Vaccination in the Punjab 1867-1880 - 1867-1880
Year: 1867
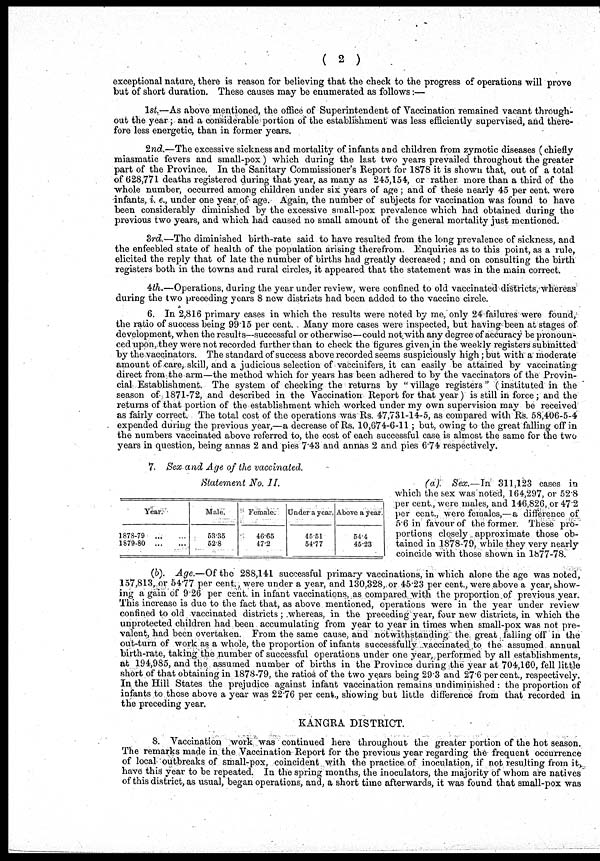
( 2 )
exceptional nature, there is reason for believing that the check to the progress of operations will prove
but of short duration. These causes may be enumerated as follows:—
1st.—As above mentioned, the office of Superintendent of Vaccination remained vacant through-
out the year ; and a considerable portion of the establishment was less efficiently supervised, and there-
fore less energetic, than in former years.
2nd.—The excessive sickness and mortality of infants and children from zymotic diseases (chiefly
miasmatic fevers and small-pox) which during the last two years prevailed throughout the greater
part of the Province. In the Sanitary Commissioner's Report for 1878 it is shown that, out of a total
of 628,771 deaths registered during that year, as many as 245,154, or rather more than a third of the
whole number, occurred among children under six years of age ; and of these nearly 45 per cent. were
infants, i. e., under one year of age. Again, the number of subjects for vaccination was found to have
been considerably diminished by the excessive small-pox prevalence which had obtained during the
previous two years, and which had caused no small amount of the general mortality just mentioned.
3rd.—The diminished birth-rate said to have resulted from the long prevalence of sickness, and
the enfeebled state of health of the population arising therefrom. Enquiries as to this point, as a rule,
elicited the reply that of late the number of births had greatly decreased ; and on consulting the birth
registers both in the towns and rural circles, it appeared that the statement was in the main correct.
4th.—Operations, during the year under review, were confined to old vaccinated districts, whereas
during the two preceding years 8 new districts had been added to the vaccine circle.
6. In 2,816 primary cases in which the results were noted by me, only 24 failures were found,
the ratio of success being 99.15 per cent. Many more cases were inspected, but having been at stages of
development, when the results—successful or otherwise—could not with any degree of accuracy be pronoun-
ced upon, they were not recorded further than to check the figures given in the weekly registers submitted
by the vaccinators. The standard of success above recorded seems suspiciously high ; but with a moderate
amount of care, skill, and a judicious selection of vaccinators, it can easily be attained by vaccinating
direct from the arm—the method which for years has been adhered to by the vaccinators of the Provin-
cial Establishment. The system of checking the returns by "village registers" (instituted in the
season of 1871-72, and described in the Vaccination Report for that year) is still in force ; and the
returns of that portion of the establishment which worked under my own supervision may be received
as fairly correct. The total cost of the operations was Rs. 47,731-14-5, as compared with Rs. 58,406-5-4
expended during the previous year,—a decrease of Rs. 10,674-6-11 ; but, owing to the great falling off in
the numbers vaccinated above referred to, the cost of each successful case is almost the same for the two
years in question, being annas 2 and pies 7.43 and annas 2 and pies 6.74 respectively.
7. Sex and Age of the vaccinated.
Statement No. II.
Year.
1878-79
...
...
1879-80
...
...
Male.
53.36
52.8
Female.
46.65
47.2
Under a year.
45. 51
54.77
Above a year.
54.4
45.23
(a)
Sex.—In 311,123 cases in
which the sex was noted, 164,297, or 52.8
per cent., were males, and 146,826, or 47.2
per cent., were females,—a difference of
5.6 in favour of the former. These pro-
portions closely approximate those ob-
tained in 1878-79, while they very nearly
coincide with those shown in 1877-78.
(b). Age.—Of the 288,141 successful primary vaccinations, in which alone the age was noted,
157,813, or 54.77 per cent., were under a year, and 130,328, or 45.23 per cent., were above a year, show-
ing again of 9.26 per cent. in infant vaccinations, as compared with the proportion of previous year.
This increase is due to the fact that, as above mentioned, operations were in the year under review
confined to old vaccinated districts ; whereas, in the preceding year, four new districts, in which the
unprotected children had been accumulating from year to year in times when small-pox was not pre-
valent, had been overtaken. From the same cause, and notwithstanding the great falling off in the
out-turn of work as a whole, the proportion of infants successfully vaccinated to the assumed annual
birth-rate, taking the number of successful operations under one year, performed by all establishments,
at 194,985, and the assumed number of births in the Province during the year at 704,160, fell little
short of that obtaining in 1878-79, the ratios of the two years being 29.3 and 27.6 per cent., respectively.
In the Hill States the prejudice against infant vaccination remains undiminished : the proportion of
infants to those above a year was 22.76 per cent., showing but little difference from that recorded in
the preceding year.
KANGRA DISTRICT.
8. Vaccination work was continued here throughout the greater portion of the hot season.
The remarks made in the Vaccination Report for the previous year regarding the frequent occurrence
of local outbreaks of small-pox, coincident with the practice of inoculation, if not resulting from it
have this year to be repeated. In the spring months, the inoculators, the majority of whom are natives
of this district, as usual, began operations, and, a short time afterwards, it was found that small-pox was